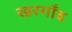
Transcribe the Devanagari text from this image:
खरगाँव